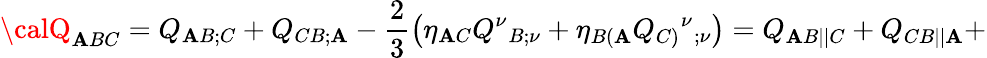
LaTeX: {\calQ}_{\mathbf{A}BC}=Q_{\mathbf{A}B;C}+Q_{CB;\mathbf{A}}-\frac{2}{3}\left(\eta_{\mathbf{A}C}Q^{\nu}{_{B;\nu}}+\eta_{B(\mathbf{A}}Q_{C)}{^\nu}{_{;\nu}}\right)={Q}_{\mathbf{A}B||C}+{Q}_{CB||\mathbf{A}}+